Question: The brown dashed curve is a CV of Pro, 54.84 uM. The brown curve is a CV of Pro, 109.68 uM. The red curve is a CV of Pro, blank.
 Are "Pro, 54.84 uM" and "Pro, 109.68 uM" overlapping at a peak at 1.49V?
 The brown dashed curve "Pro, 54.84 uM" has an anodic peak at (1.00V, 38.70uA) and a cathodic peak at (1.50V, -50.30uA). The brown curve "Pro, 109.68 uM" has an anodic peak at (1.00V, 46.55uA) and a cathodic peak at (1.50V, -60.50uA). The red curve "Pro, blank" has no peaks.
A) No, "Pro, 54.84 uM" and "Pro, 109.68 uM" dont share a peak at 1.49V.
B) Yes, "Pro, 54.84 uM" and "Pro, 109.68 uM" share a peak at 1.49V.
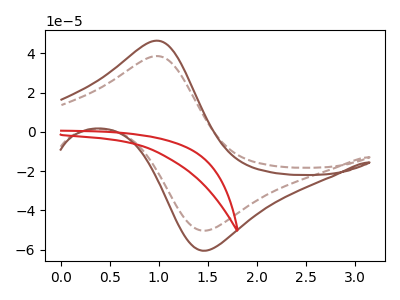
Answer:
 <answer>B) Yes, "Pro, 54.84 uM" and "Pro, 109.68 uM" share a peak at 1.49V.</answer>
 <eval>B</eval>